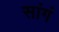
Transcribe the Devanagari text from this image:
सांगं